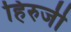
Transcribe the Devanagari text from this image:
हिरुजी